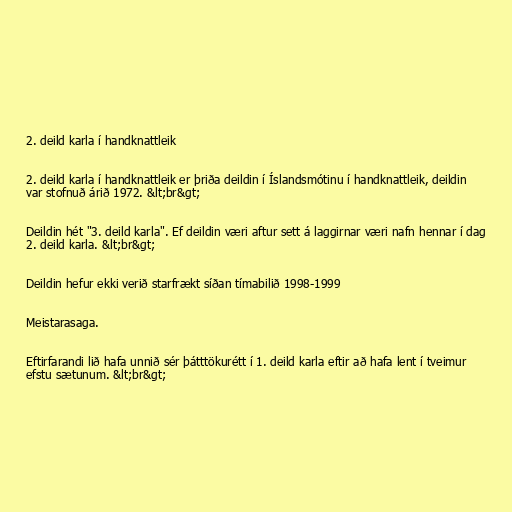
2. deild karla í handknattleik

2. deild karla í handknattleik er þriða deildin í Íslandsmótinu í handknattleik, deildin
var stofnuð árið 1972. &lt;br&gt;

Deildin hét "3. deild karla". Ef deildin væri aftur sett á laggirnar væri nafn hennar í dag
2. deild karla. &lt;br&gt;

Deildin hefur ekki verið starfrækt síðan tímabilið 1998-1999

Meistarasaga.

Eftirfarandi lið hafa unnið sér þátttökurétt í 1. deild karla eftir að hafa lent í tveimur
efstu sætunum. &lt;br&gt;